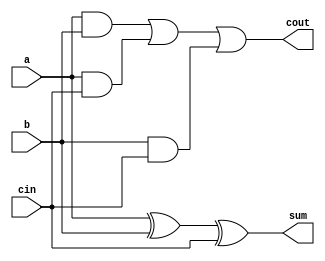
module full_adder(input a,b,cin,output sum,cout);
  assign sum=a^b^cin;
  assign cout=(a&b)|(a&cin)|(b&cin);
  /*using halfadder
  module half_adder(input a,b,output s,c)
       assign s=a^b;
       assign c=a&b;
    wire s1,c1,s2;
       
  half_adder(a,b,s1,c1)
  half_adder(s,cin,sum,c2)
  assign cout=c1|c2;
  */
endmodule